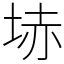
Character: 𡋽